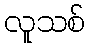
လူသစ်